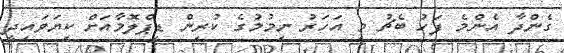
ގެންދާ އެންމެ ފަހު ބެޗު މި އަހަރު ނިމުމުގެ ކުރިން ޑިޕްލޮމާއަށް ކިޔަވައިދީ